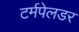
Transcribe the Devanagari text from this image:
टर्मपेलडर